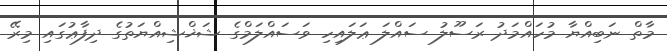
މާތް ނަބިއްޔާ މުހައްމަދު ރަސޫލު ސައްލަ ޢަލައިހި ވަސައްލަމްގެ ޝަޚްޝިއްޔަތުގެ ދިފާޢުގައި މިރޭ